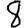
Digit: 8